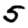
Digit: 5